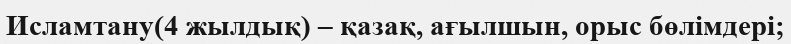
Исламтану(4 жылдық) – қазақ, ағылшын, орыс бөлімдері;